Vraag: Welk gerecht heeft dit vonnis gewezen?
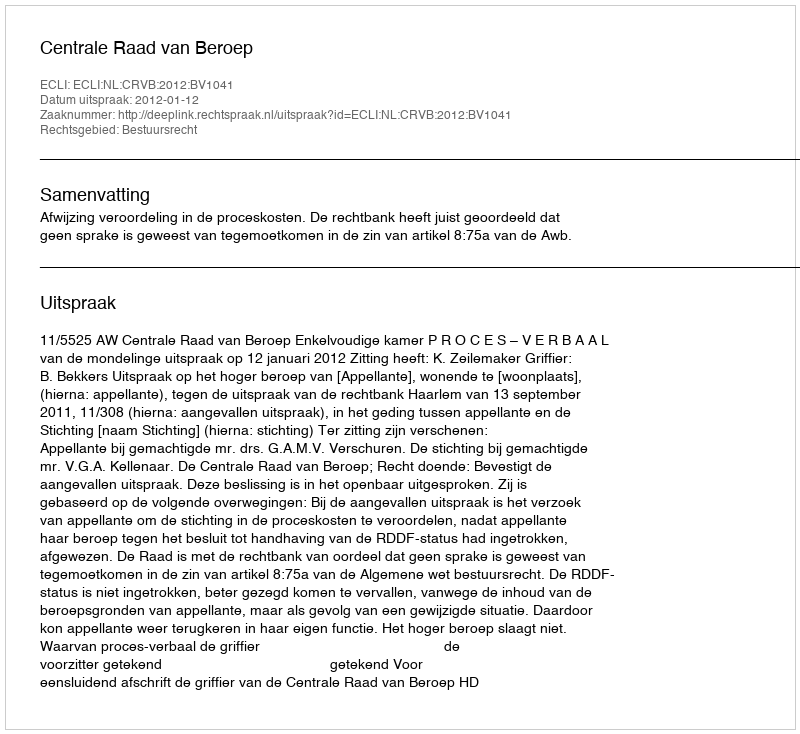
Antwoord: Centrale Raad van Beroep